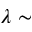
\lambda \sim